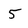
Character: 5